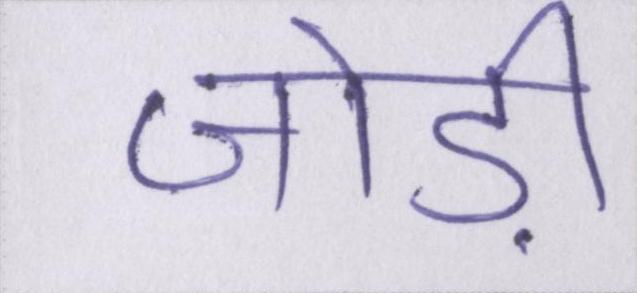
जोड़ी